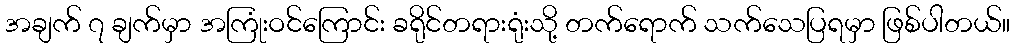
အချက် ၇ ချက်မှာ အကြုံးဝင်ကြောင်း ခရိုင်တရားရုံးသို့ တက်ရောက် သက်သေပြရမှာ ဖြစ်ပါတယ်။